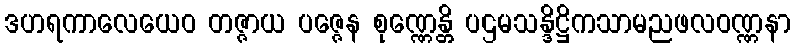
ဒဟရကာလေယေဝ တဇ္ဇာယ ပဇ္ဇေန စုဏ္ဏေန္တိ ပဌမသန္ဒိဋ္ဌိကသာမညဖလဝဏ္ဏနာ